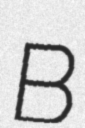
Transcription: B